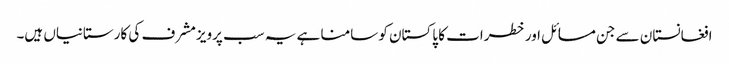
افغانستان سے جن مسائل اور خطرات کا پاکستان کو سامنا ہے یہ سب پرویزمشرف کی کارستانیاں ہیں۔